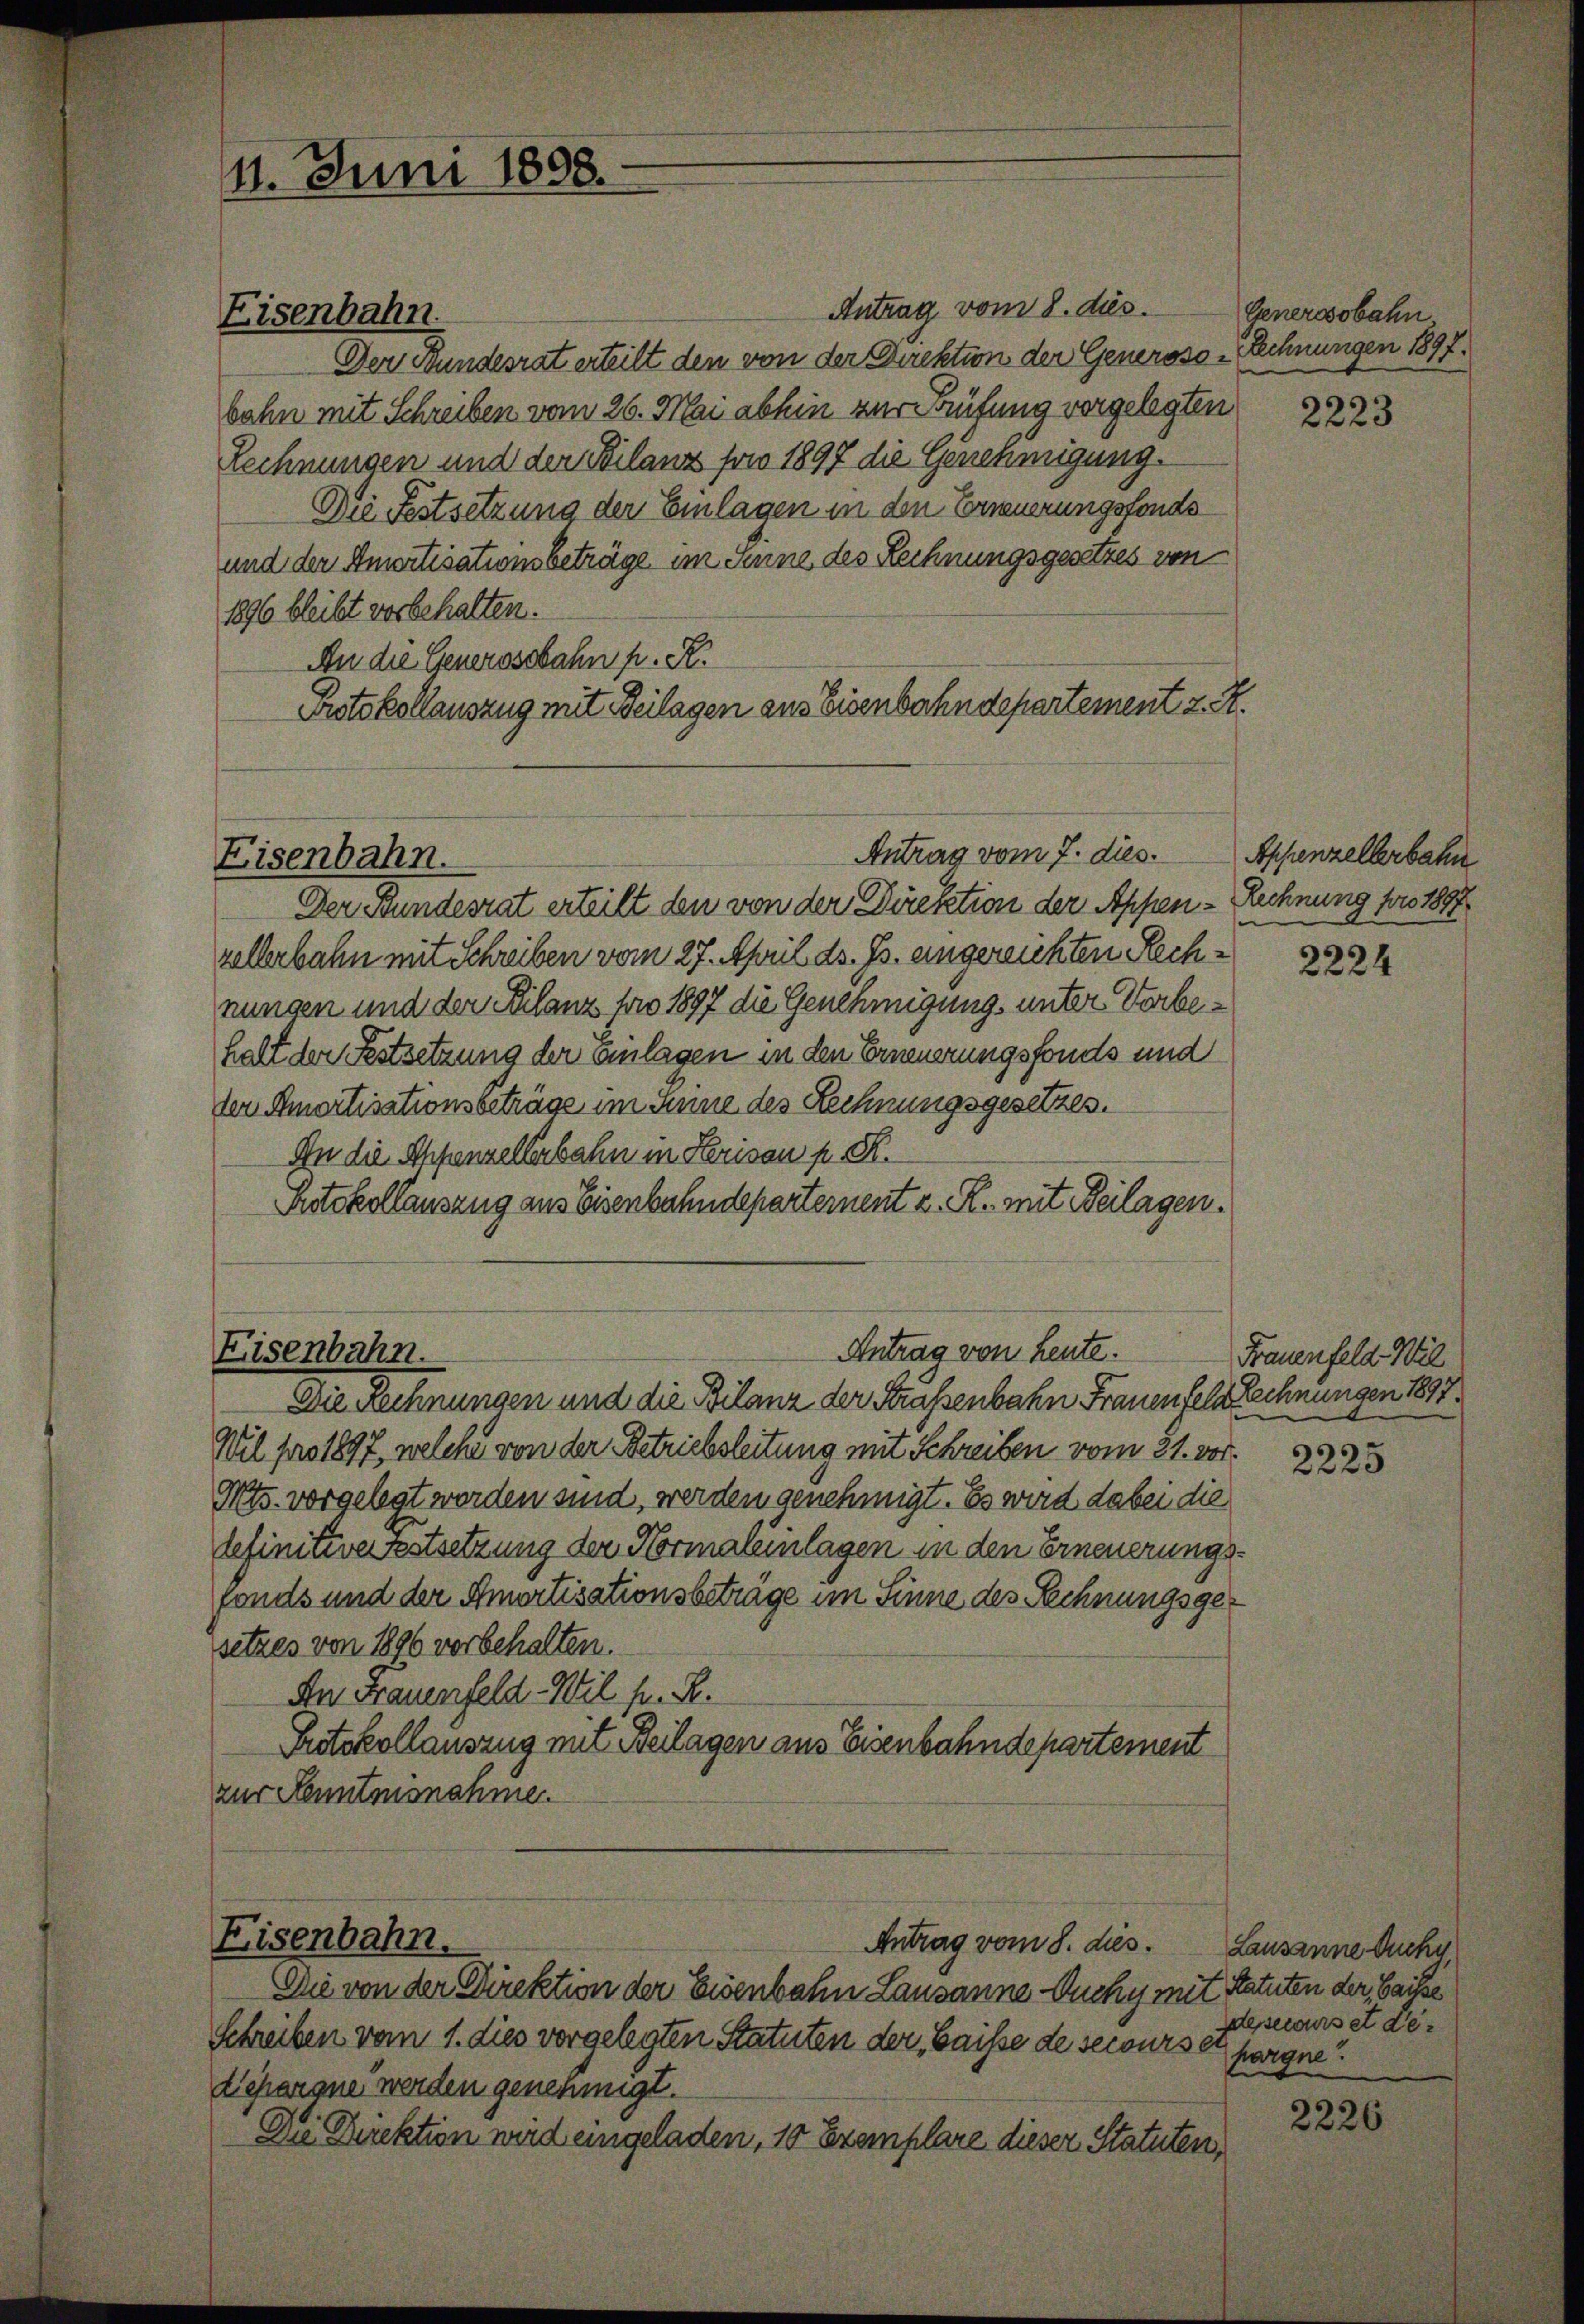
4. Juni 1858.

Eisenbahn.

Antrag vom 8. dies. Generosobahn,
Der Bundesrat erteilt den von der Direktion der Generoso Rechnungen 1897.
bahn mit Schreiben vom 26. Mai abhin zur Prüfung vorgelegten
Lechnungen und der Planz foro 1897 die Genehmigung.
Die Festsetzung der Einlagen in den Erneuerungsfonds
und der Amortisationsbeträge im Senne des Rechnungsgesetzes von
1896 bleibt vorbehalten.
An die Generosebahn p. R.
Protokollauszug mit Beilagen aus Eisenbahndepartement z. R.

Der Bundesrat erteilt den von der Direktion der Appen - Rechnung foro 1897
zellerbahn mit Schreiben vom 27. April ds. Js. eingereichten Rechnungen und der Filanz pro 1897 die Genehmigung, unter Vorbehalt der Festsetzung der Einlagen in den Erneuerungsfonds und
der Amortisationsbeträge im Sinne des Rechnungsgesetzes.
An die Appenzellerbahn in Herisau pr. K.
Protokollauszug aus Eisenbahndepartement z. R. mit Beilagen.

Eisenbahn.

Antrag von heute.
Eisenbahn.
Die Rechnungen und die Bilanz der Straßenbahn Frauenfeld Rechnungen 1837.

Antrag vom 7. dies

Eisenbahn.
Antrag vom 8. dies
Die von der Direktion der Eisenbahn Lausanne Duchy mit

Schreiben vom 1. dies vorgelegten Statuten der Gaisse de secursen pargne
Depargne werden genehmigt.
Die Direktion wird eingeladen, 10 Exemplare dieser Statuten,

Wil für 1897, welche von der Betriebsleitung mit Schreiben vom 21. vor.
Mts. vorgelegt worden sind, werden genehmigt. Es wird dabei die
tefinitiverstsetzung der Normalenlagen in den Erneuerungsfonds und der Amortisationsbetrage im Sinne des Rechnungsgesetzes von 1896 vorbehalten.
An Frauenfeld. Wil fr. R.
Protokollauszug mit Beilagen aus Eisenbahndepartement
zur Kenntnisnahme.

2223

Appenzellerbahn

2224

Frauenfeld. Wil

2225

Lausanne Ouchy
Ratuten der Waise
desecurs et der

2226